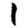
Digit: 1